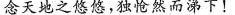
念天地之悠悠，独怆然而涕下！